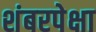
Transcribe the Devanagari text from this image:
शंबरपेक्षा